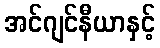
အင်ဂျင်နီယာနှင့်